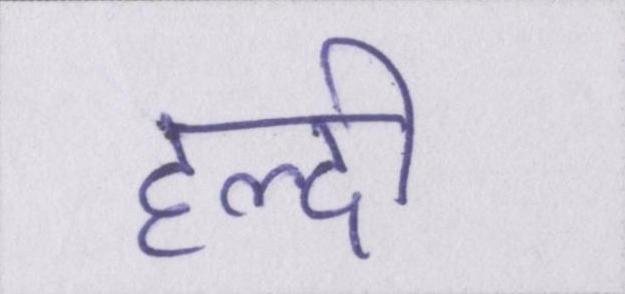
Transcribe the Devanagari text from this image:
हल्दी